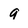
Character: 9